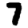
Digit: 7